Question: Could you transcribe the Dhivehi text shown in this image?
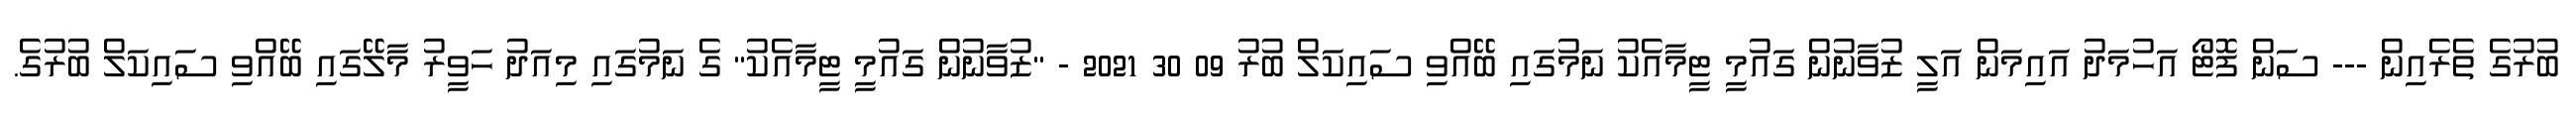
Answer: ބުރުގެ ތެރެއިން --- ސަން ފޮޓޯ އަހުމަދު އައިމަން އަލީ ޒުވާނުން ގައުމީ ޓީމާއެކު ނަމުގައި ބޭއްވި ސައިކަލް ބުރު 09 30 2021 - "ޒުވާނުން ގައުމީ ޓީމާއެކު" ގެ ނަމުގައި މިއަދު ހަވީރު މާލޭގައި ބޭއްވި ސައިކަލް ބުރުގެ.